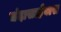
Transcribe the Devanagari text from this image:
चंदासाहेबास